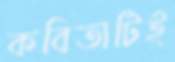
কবিতাটিই